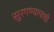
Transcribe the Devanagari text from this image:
सुरगण्यापाशी